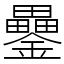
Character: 𨯔